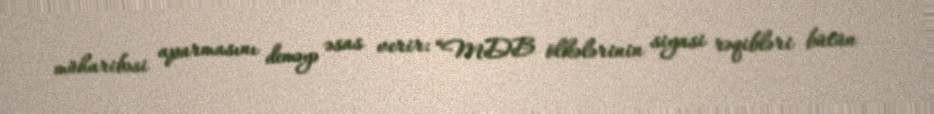
müharibəsi aparmasını deməyə əsas verir: “MDB ölkələrinin siyasi rəqibləri bütün